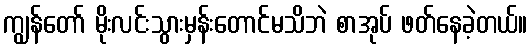
ကျွန်တော် မိုးလင်းသွားမှန်းတောင်မသိဘဲ စာအုပ် ဖတ်နေခဲ့တယ်။